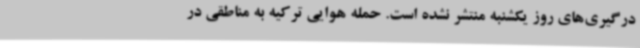
درگیری‌های روز یکشنبه منتشر نشده است. حمله هوایی ترکیه به مناطقی در